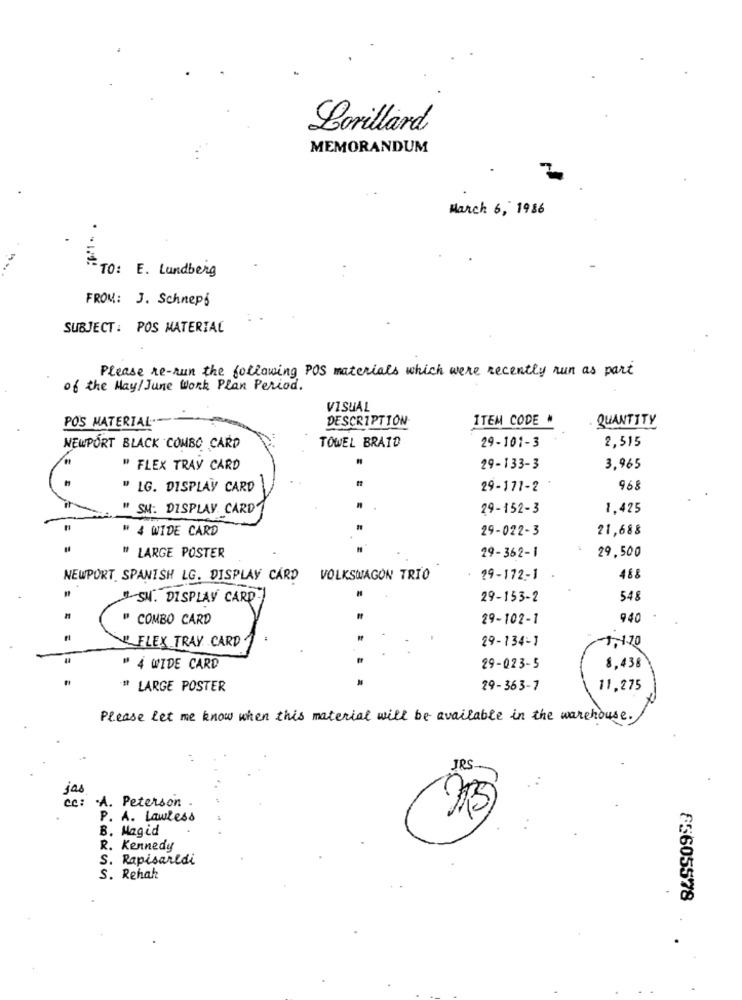
Lorillard
MEMORANDUM
March 6, 1986
TO: E. Lundberg
FROM: J. Schneps
SUBJECT : POS MATERIAL
Please re-run the following POS materials which were recently run as part
of the May/ June Work Plan Period.
VISUAL
POS MATERIAL-
DESCRIPTION
ITEM CODE "
QUANTITY
NEWPORT BLACK COMBO CARD
TOWEL BRAID
29-101-3
2,515
" FLEX TRAY CARD
29-133-3
3,965
" LG. DISPLAY CARD
29-171-2
968
" SM: DISPLAY. CARD
29-152-3
1.425
" 4 WIDE CARD
29-022-3
21,688
" LARGE POSTER
29-362-1
29,500
NEWPORT SPANISH LG. DISPLAY CARD VOLKSWAGON TRIO
29-172-1
488
-SN. DISPLAY CARD.
29-153-2
548
" COMBO CARD
29-102-1
940
" FLEX TRAY CARD
29-134-1
1.1.10
" 4 WIDE CARD
29-023-5
8.438
# LARGE POSTER
29-363-7
11,275
Please let me know when this material will be available in the warehouse.
JRS --
jas
.A.
Peterson .
P. A. Lawless
B. Magid
R. Kennedy
S. Rapisarldi
S. Rehak
85605578
..